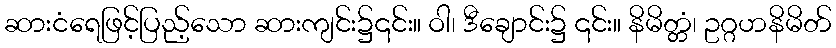
ဆားငံရေဖြင့်ပြည့်သော ဆားကျင်း၌၎င်း။ ဝါ၊ ဒီချောင်း၌ ၎င်း။ နိမိတ္တံ၊ ဥဂ္ဂဟနိမိတ်